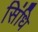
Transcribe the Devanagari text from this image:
सिंधि